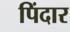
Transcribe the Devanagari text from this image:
पिंदार